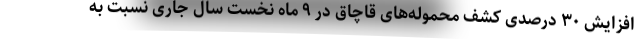
افزایش ۳۰ درصدی کشف محموله‌های قاچاق در ۹ ماه نخست سال جاری نسبت به